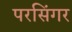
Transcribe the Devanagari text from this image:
परसिंगर